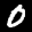
Label: 0